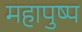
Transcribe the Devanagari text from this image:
महापुष्प